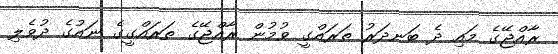
ރާއްޖޭގެ މައި ދެ ބަނދަރު ތަރައްގީ ވުމުން ރާއްޖޭގެ ތަރައްގީގެ ނައުގެ ދުވެލި